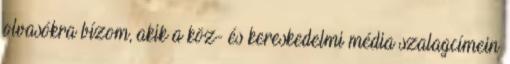
olvasókra bízom, akik a köz- és kereskedelmi média szalagcímein